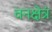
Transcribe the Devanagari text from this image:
वनक्षेत्रं